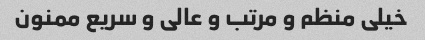
خیلی منظم و مرتب و عالی و سریع ممنون